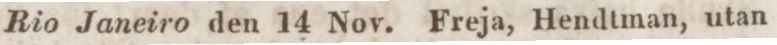
Rio Janeiro den 14 Nov. Freja, Hendtman, utan